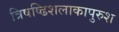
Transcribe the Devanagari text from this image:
त्रिषष्ढिशलाकापुरुश